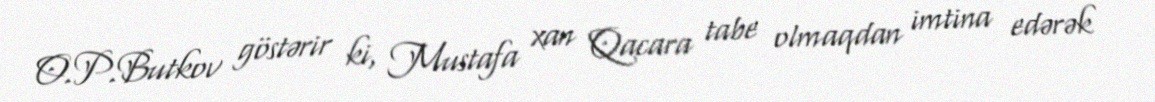
O.P.Butkov göstərir ki, Mustafa xan Qacara tabe olmaqdan imtina edərək